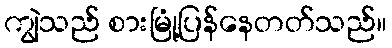
ကျွဲသည် စားမြုံ့ပြန်နေတတ်သည်။